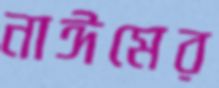
নাঈমের